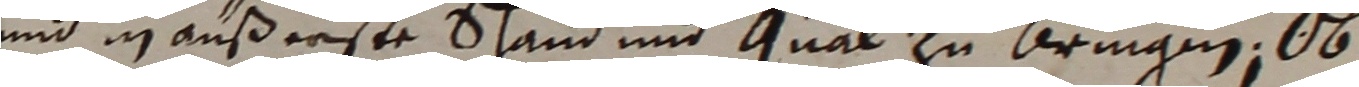
und in außerste schand und gnab zu Bringen, ob